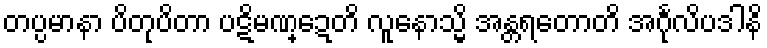
တပ္ပမာနာ ပိတုပိတာ ပဋိမဏ္ဍေတိ လူနောသ္မိ အန္တရတောတိ အင်္ဂုလိပဒါနိ